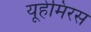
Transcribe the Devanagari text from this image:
यूहेमिरस